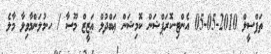
ތަފްސީލް 2010-05-05 އެންޓި-ކޮރަޕްޝަން ކޮމިޝަން ޢަބްދުލް ޢަޒީޒް މޫސާ / ހ.މުލަންމާވިލާ މާލެ